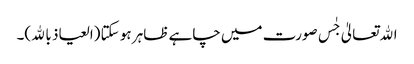
اﷲتعالیٰ جٰس صورت میں چاہے ظاہر ہو سکتا (العیاذ باﷲ)۔